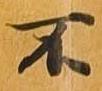
不